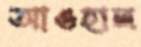
আওহাল